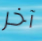
آخر